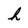
Character: h